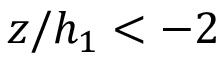
z / h _ { 1 } < - 2